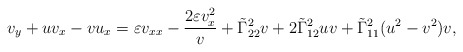
\begin{align*}v_y+uv_x-vu_x=\varepsilon v_{xx}-\frac{2\varepsilon v_x^2}{v}+\tilde{\Gamma}^2_{22}v+2\tilde{\Gamma}^2_{12}uv+\tilde{\Gamma}^2_{11}(u^2-v^2)v,\end{align*}